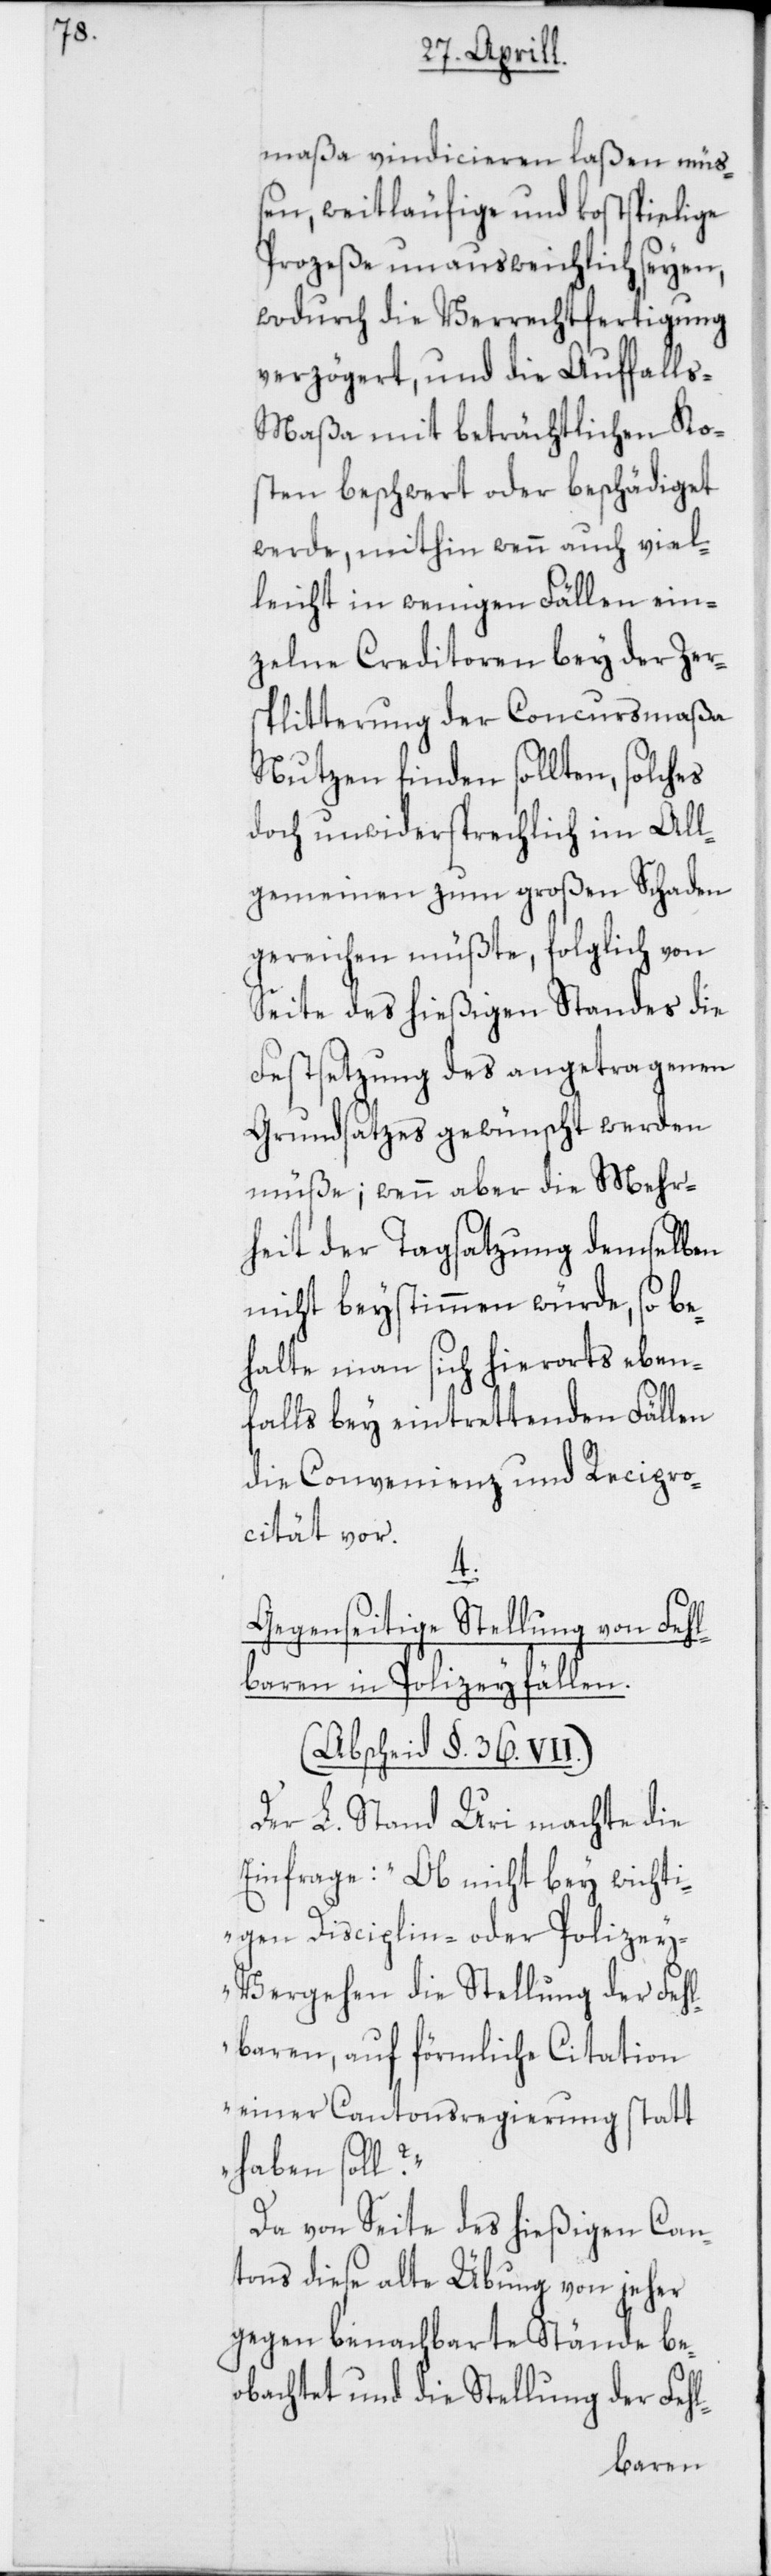
maßa vindicieren laßen mü¬
ßen, weitläufige und kostspielige
Prozeße unausweichlich seyen,
wodurch die Verrechtfertigung
verzögert, und die Auffall¬
s-Maßa mit beträchtlichen Ko¬
sten beschwert oder beschädiget
werde, mithin wenn auch viel¬
leicht in wenigen Fällen ein¬
zelne Creditoren bey der Zers¬
plitterung der Concursmaßa
Nutzen finden sollten, solches
doch unwidersprechlich im All¬
gemeinen zum großen Schaden
gereichen müßte, folglich von
Seite des hießigen Standes die
Festsetzung des angetragenen
Grundsatzes gewünscht werden
müße; wenn aber die Mehr¬
heit der Tagsatzung demselben
nicht beystimmen würde, so be¬
halte man sich hierorts eben¬
falls bey eintrettenden Fällen
die Convenienz und Recipro¬
cität vor.
4.
Gegenseitige Stellung von Fehl¬
baren in Polizeyfällen.
(Abscheid §. 36. VII.)
Der L. Stand Uri machte die
Einfrage: „Ob nicht bey wichti¬
gen Disciplin- oder Polize¬
y-Vergehen die Stellung der Fehl¬
baren, auf förmliche Citation
einer Cantonsregierung statt
haben soll?“
Da von Seite des hießigen Can¬
tons diese alte Übung von jeher
gegen benachbarte Stände be¬
obachtet und die Stellung der Fehl-